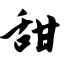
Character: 甜